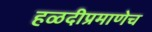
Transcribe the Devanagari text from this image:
हळदीप्रमाणेच